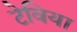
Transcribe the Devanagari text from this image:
टेविया